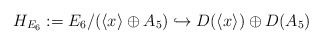
\begin{align*}H_{E_6}:=E_6/(\langle x \rangle \oplus A_5) \hookrightarrow D(\langle x \rangle) \oplus D(A_5)\end{align*}